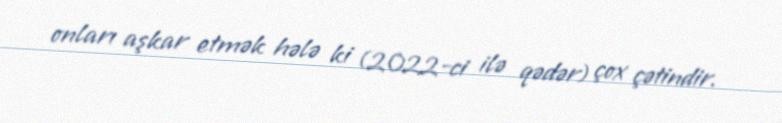
onları aşkar etmək hələ ki (2022-ci ilə qədər) çox çətindir.